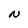
Character: N